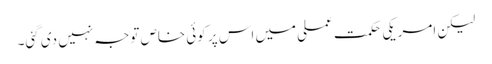
لیکن امریکی حکمت عملی میں اس پر کوئی خاص توجہ نہیں دی گئی۔